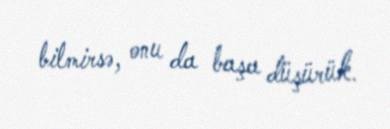
bilmirsə, onu da başa düşürük.